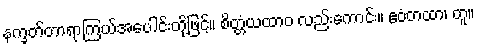
နက္ခတ်တာရာကြယ်အပေါင်းတို့ဖြင့်။ စိတ္တံယထာဝ လည်းကောင်း။ ဧဝံတထာ၊ တူ။